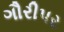
ગૌરીપર